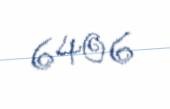
6406